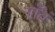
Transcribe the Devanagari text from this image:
गाँवं